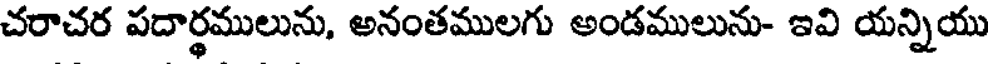
చరాచర పదార్థములును, అనంతములగు అండములును- ఇవి యన్నియు